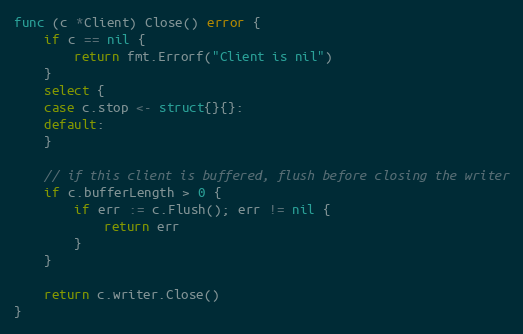
Language: Go
func (c *Client) Close() error {
	if c == nil {
		return fmt.Errorf("Client is nil")
	}
	select {
	case c.stop <- struct{}{}:
	default:
	}

	// if this client is buffered, flush before closing the writer
	if c.bufferLength > 0 {
		if err := c.Flush(); err != nil {
			return err
		}
	}

	return c.writer.Close()
}